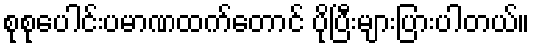
စုစုပေါင်းပမာဏထက်တောင် ပိုပြီးများပြားပါတယ်။